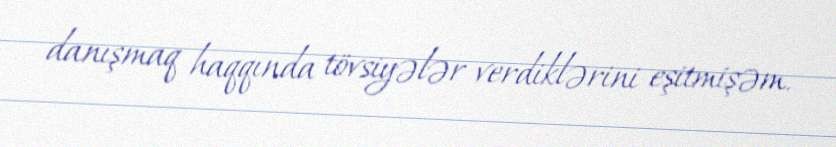
danışmaq haqqında tövsiyələr verdiklərini eşitmişəm.